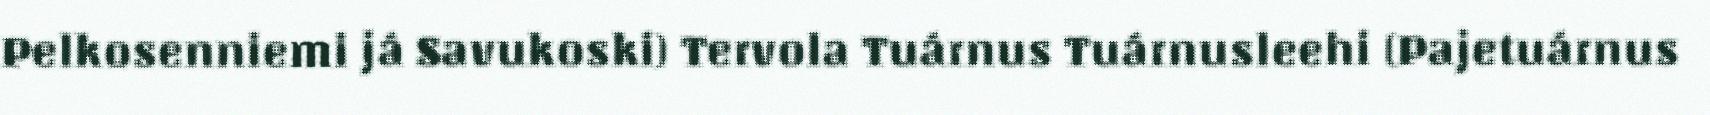
Pelkosenniemi já Savukoski) Tervola Tuárnus Tuárnusleehi (Pajetuárnus